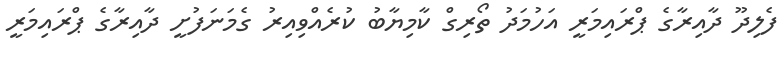
ފެލިދޫ ދާއިރާގެ ޕްރައިމަރީ އަހުމަދު ތޯރިގް ކާމިޔާބު ކުރެއްވިއިރު ގެމަނަފުށީ ދާއިރާގެ ޕްރައިމަރީ